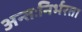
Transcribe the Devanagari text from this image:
अन्तःनिर्भरता